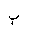
Letter: _ba